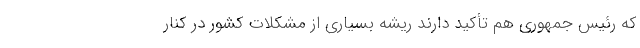
که رئیس جمهوری هم تأکید دارند ریشه بسیاری از مشکلات کشور در کنار